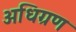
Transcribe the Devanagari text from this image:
अधिग्रण